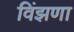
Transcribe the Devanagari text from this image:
विंझणा